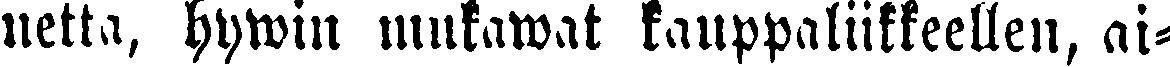
netta, hywin mukawat kauppaliikkeellen, ai-